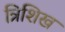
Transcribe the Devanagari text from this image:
त्रिशिख